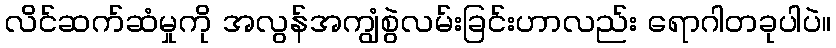
လိင်ဆက်ဆံမှုကို အလွန်အကျွံစွဲလမ်းခြင်းဟာလည်း ရောဂါတခုပါပဲ။